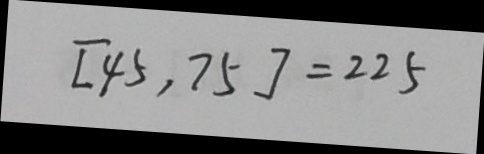
[ 4 5 , 7 5 ] = 2 2 5